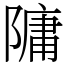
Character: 䧡